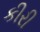
કીરી